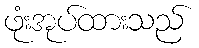
ဖုံးအုပ်ထားသည်